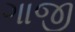
ગાજી